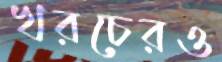
খরচেরও